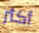
أكثر